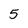
Character: 5